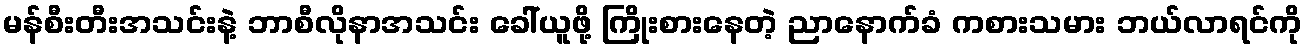
မန်စီးတီးအသင်းနဲ့ ဘာစီလိုနာအသင်း ခေါ်ယူဖို့ ကြိုးစားနေတဲ့ ညာနောက်ခံ ကစားသမား ဘယ်လာရင်ကို